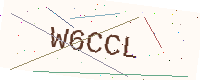
Text: W6CCL